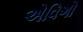
એવિગો